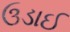
ઉડાઈ